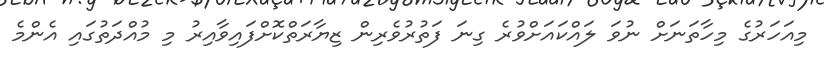
މިއަހަރުގެ މިހާތަނަށް ނުވަ ލައްކައަށްވުރެ ގިނަ ފަތުރުވެރިން ޒިޔާރަތްކޮށްފައިވާއިރު މި މުއްދަތުގައި އެންމެ